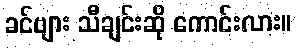
ခင်ဗျား သီချင်းဆို ကောင်းလား။